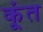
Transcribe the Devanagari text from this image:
कूंत